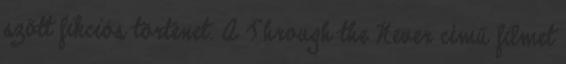
szőtt fikciós történet. A Through the Never című filmet